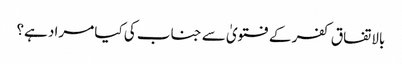
بالاتفاق کفر کے فتویٰ سے جناب کی کیا مراد ہے؟